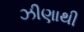
ઝીણાથી